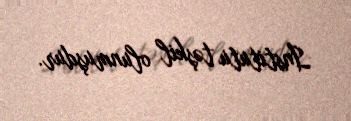
İnstitutu təşkil olunmuşdur.